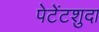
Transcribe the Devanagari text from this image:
पेटेंटशुदा